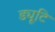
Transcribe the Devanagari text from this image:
ड्यूटि